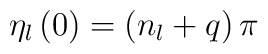
\eta_l\left(0\right)=\left(n_l+q\right)\pi